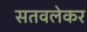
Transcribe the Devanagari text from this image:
सतवलेकर